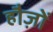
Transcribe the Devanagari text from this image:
हौज़ों